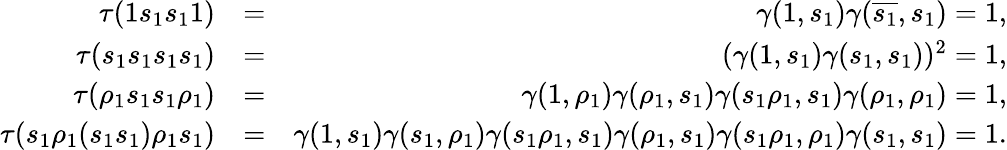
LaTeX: \begin{array}{rlr}{\tau(1s_{1}s_{1}1)}&{=}&{\gamma(1,s_{1})\gamma(\overline{{s_{1}}},s_{1})=1,}\\ {\tau(s_{1}s_{1}s_{1}s_{1})}&{=}&{(\gamma(1,s_{1})\gamma(s_{1},s_{1}))^{2}=1,}\\ {\tau(\rho_{1}s_{1}s_{1}\rho_{1})}&{=}&{\gamma(1,\rho_{1})\gamma(\rho_{1},s_{1})\gamma(s_{1}\rho_{1},s_{1})\gamma(\rho_{1},\rho_{1})=1,}\\ {\tau(s_{1}\rho_{1}(s_{1}s_{1})\rho_{1}s_{1})}&{=}&{\gamma(1,s_{1})\gamma(s_{1},\rho_{1})\gamma(s_{1}\rho_{1},s_{1})\gamma(\rho_{1},s_{1})\gamma(s_{1}\rho_{1},\rho_{1})\gamma(s_{1},s_{1})=1.}\end{array}